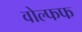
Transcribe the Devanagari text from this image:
वोल्फफ